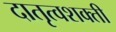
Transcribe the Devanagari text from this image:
दातृत्वशक्ती